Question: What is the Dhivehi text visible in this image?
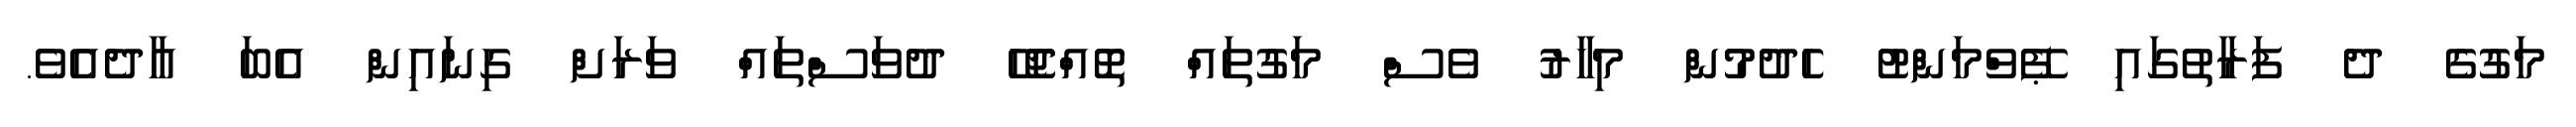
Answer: މަގުގެ ދެ ފަރާތުގައި ޕޭވްމަންޓު ހެދުމުން މިހާރު ވެސް މަގުތައް ތޮއްޖެހޭ ދުވަސްތައް ވަރަށް ގިނައިން އެބަ އާދެއެވެ.